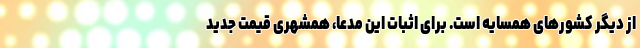
از دیگر کشورهای همسایه است. برای اثبات این مدعا، همشهری قیمت جدید